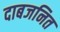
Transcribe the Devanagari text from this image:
दाबजनित